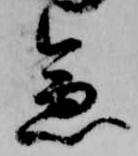
急